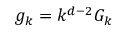
g _ { k } = k ^ { d - 2 } G _ { k }